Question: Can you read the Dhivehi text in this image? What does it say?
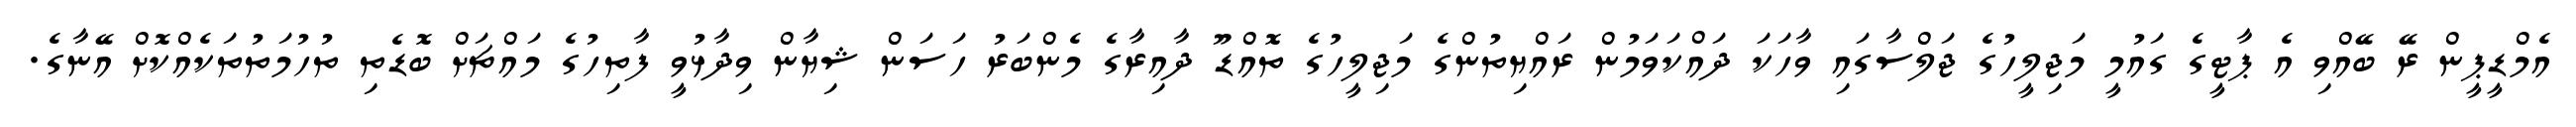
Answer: އެމްޑީޕީން ރޭ ބޭއްވި އެ ޕާޓީގެ ގައުމީ މަޖިލީހުގެ ޖަލްސާގައި ވާހަކަ ދައްކަވަމުން ރައްޔިތުންގެ މަޖިލީހުގެ ތޮއްޑޫ ދާއިރާގެ މެންބަރު ހަސަން ޝިޔާން ވިދާޅުވީ ފާތިހުގެ މައްޗަށް ބޮޑެތި ތުހުމަތުތަކެއްކޮށް އޭނާގެ.